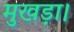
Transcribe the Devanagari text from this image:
मुखड़ा।